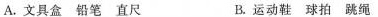
A.文具盒 铅笔 直尺 B.运动鞋 球拍 跳绳